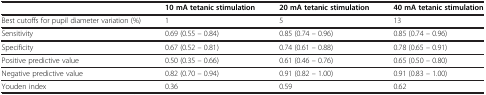
<table><thead><tr><td><b> </b></td><td><b>10 mA tetanic stimulation</b></td><td><b>20 mA tetanic stimulation</b></td><td><b>40 mA tetanic stimulation</b></td></tr></thead><tbody><tr><td>Best cutoffs for pupil diameter variation (%)</td><td>1</td><td>5</td><td>13</td></tr><tr><td>Sensitivity</td><td>0.69 (0.55 – 0.84)</td><td>0.85 (0.74 – 0.96)</td><td>0.85 (0.74 – 0.96)</td></tr><tr><td>Specificity</td><td>0.67 (0.52 – 0.81)</td><td>0.74 (0.61 – 0.88)</td><td>0.78 (0.65 – 0.91)</td></tr><tr><td>Positive predictive value</td><td>0.50 (0.35 – 0.66)</td><td>0.61 (0.46 – 0.76)</td><td>0.65 (0.50 – 0.80)</td></tr><tr><td>Negative predictive value</td><td>0.82 (0.70 – 0.94)</td><td>0.91 (0.82 – 1.00)</td><td>0.91 (0.83 – 1.00)</td></tr><tr><td>Youden index</td><td>0.36</td><td>0.59</td><td>0.62</td></tr></tbody></table>